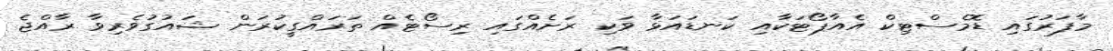
މާފަރުގައި ޑޮމެސްޓިކް އެއާޕޯޓަކާއި ކަނޑައަޅާ ވަކި ރަށެއްގައި ރިސޯޓެއް ތަރައްގީކުރަން ޝައުގުވެރިވާ ރާއްޖެ